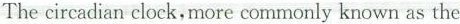
Thecircadian clock,more commonly known as the